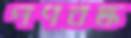
পণবদ্ধ